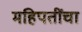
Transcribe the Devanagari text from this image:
महिपतींचा